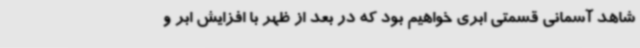
شاهد آسمانی قسمتی ابری خواهیم بود که در بعد از ظهر با افزایش ابر و